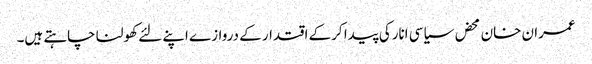
عمران خان محض سیاسی انارکی پیدا کرکے اقتدار کے دروازے اپنے لئے کھولنا چاہتے ہیں۔